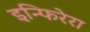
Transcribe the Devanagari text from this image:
इन्फिरेरा